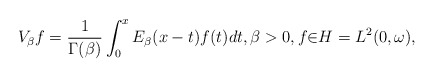
\begin{align*}V_{\beta}f=\frac{1}{\Gamma(\beta)}\int_{0}^{x}E_{\beta}(x-t)f(t)dt,\beta>0,f{\in}H=L^{2}(0,\omega),\end{align*}